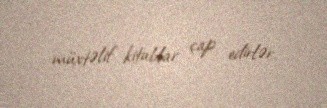
müxtəlif kitablar çap edirlər.